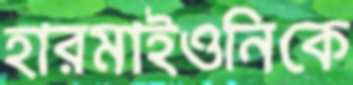
হারমাইওনিকে